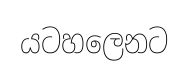
යටහලෙනට